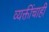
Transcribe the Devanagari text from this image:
व्यक्तींचाही